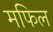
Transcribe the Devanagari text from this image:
मफिल